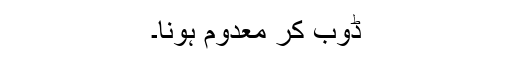
ڈُوب کر معدوم ہونا۔